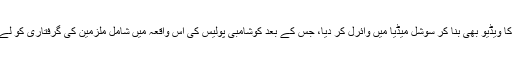
ملزمین نے اس واردات کا ویڈیو بھی بنا کر سوشل میڈیا میں وائرل کر دیا، جس کے بعد کوشامبی پولیس کی اس واقعہ میں شامل ملزمین کی گرفتاری کو لے کر کافی کرکری ہوئی۔